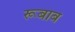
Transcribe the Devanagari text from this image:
रूबाब